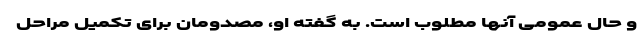
و حال عمومی آنها مطلوب است. به گفته او، مصدومان برای تکمیل مراحل